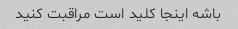
باشه اینجا کلید است مراقبت کنید